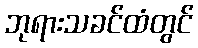
ဘုရားသခင်ထံတွင်